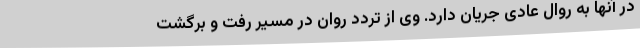
در آنها به روال عادی جریان دارد. وی از تردد روان در مسیر رفت و برگشت